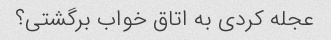
عجله کردی به اتاق خواب برگشتی؟